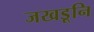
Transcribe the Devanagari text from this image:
जखडूनि